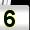
Digit: 5